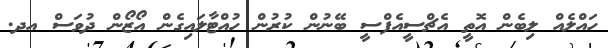
ހައްލެއް ލިބެން އޮތީ އެޗްސީއެފްސީ ބޭނުން ކުރުން ހުއްޓާލައިގެން އޯޒޯން ދުވަސް އދ.